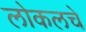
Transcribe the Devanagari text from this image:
लोकलचे